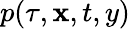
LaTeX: p(\tau,\mathbf{x},t,y)